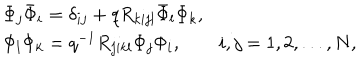
\begin{array} { l } { { \Phi _ { j } \bar { \Phi } _ { i } = \delta _ { i j } + q R _ { k i j l } \bar { \Phi } _ { l } \Phi _ { k } , } } \\ { { \Phi _ { l } \Phi _ { k } = q ^ { - 1 } R _ { j i k l } \Phi _ { j } \Phi _ { i } , \qquad i , j = 1 , 2 , . . . , N , } } \\ \end{array}